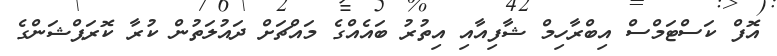
އޮފް ކަސްޓަމްސް އިބްރާހިމް ޝާފިއާއި އިތުރު ބައެއްގެ މައްޗަށް ދައުލަތުން ކުރާ ކޮރަޕްޝަންގެ